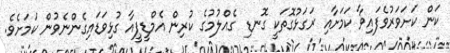
ކަން ކަށަވަރުވެފައިވާ ކަމަށާއި ރަގަޅުގޮތަކީ ގޮނޑި ގެއްލުމުގެ ކުރިން އެމްޑީޕީއާ ގުޅިވަޑައިގެންނެވުން ކަމަށެވެ.